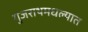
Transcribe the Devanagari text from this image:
गुजराथमधल्यात